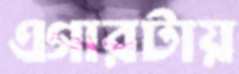
এগারটায়